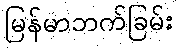
မြန်မာဘက်ခြမ်း